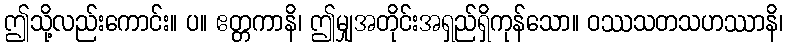
ဤသို့လည်းကောင်း။ ပ။ ဧတ္တကာနိ၊ ဤမျှအတိုင်းအရှည်ရှိကုန်သော။ ဝဿသတသဟဿာနိ၊